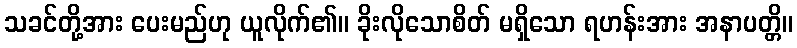
သခင်တို့အား ပေးမည်ဟု ယူလိုက်၏။ ခိုးလိုသောစိတ် မရှိသော ရဟန်းအား အနာပတ္တိ။